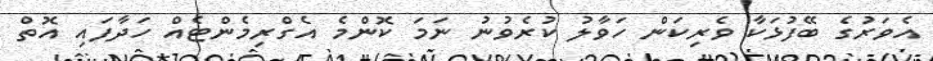
އެވަރުގެ ބޭފުޅަކާ ވެރިކަން ހަވާލު ކުރެވުނު ނަމަ ކޮންމެ އެގްރިމެންޓެއް ހަދާފައި އޮތް